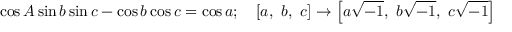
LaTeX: \cos A \sin b \sin c - \cos b \cos c = \cos a ; \quad [ a , \ b , \ c ] \rightarrow \left[ a { \sqrt { - 1 } } , \ b { \sqrt { - 1 } } , \ c { \sqrt { - 1 } } \right]